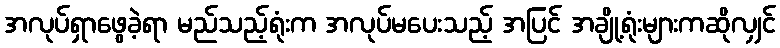
အလုပ်ရှာဖွေခဲ့ရာ မည်သည့်ရုံးက အလုပ်မပေးသည့် အပြင် အချို့ရုံးများကဆိုလျှင်